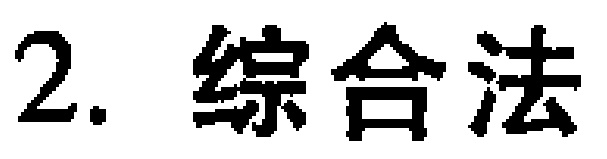
2. 综合法